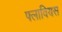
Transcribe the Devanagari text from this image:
फ्लावियस